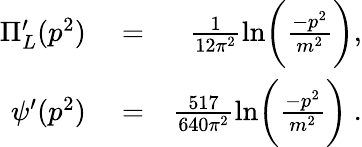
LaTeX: \begin{array}{rlr}{\Pi_{L}^{\prime}(p^{2})}&{{}=}&{\frac{1}{12\pi^{2}}\ln\biggl(\frac{-p^{2}}{m^{2}}\biggr),}\\ {\psi^{\prime}(p^{2})}&{{}=}&{\frac{517}{640\pi^{2}}\ln\biggl(\frac{-p^{2}}{m^{2}}\biggr)\ .}\end{array}